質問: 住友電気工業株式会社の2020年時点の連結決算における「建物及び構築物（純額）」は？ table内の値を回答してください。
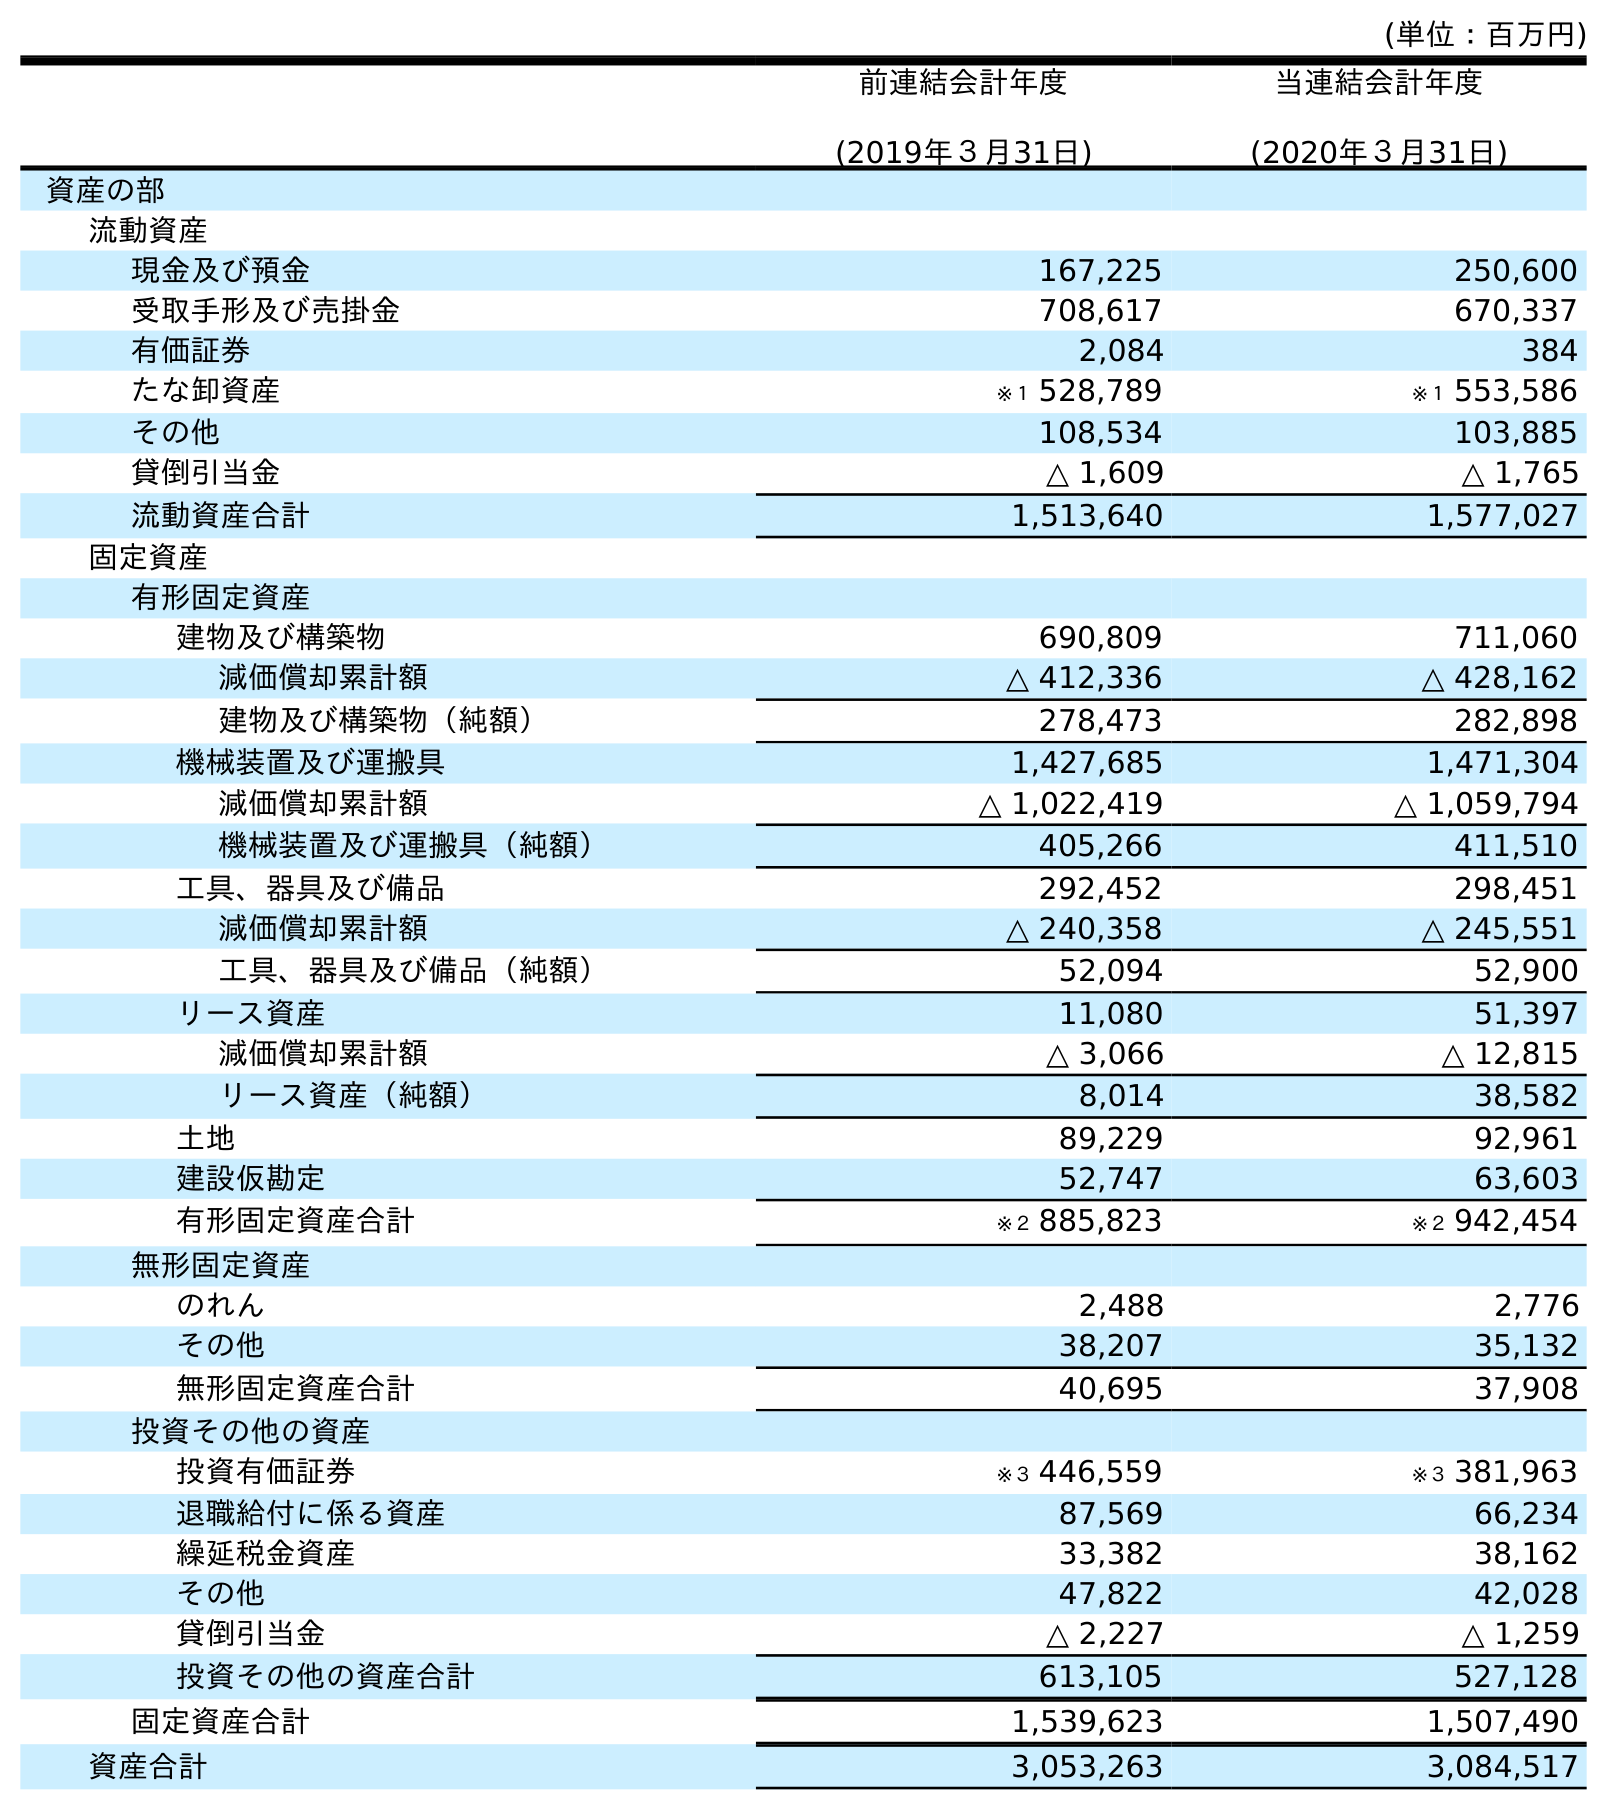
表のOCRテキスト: (単位：百万円) 前連結会計年度 (2019年３月31日) 当連結会計年度 (2020年３月31日) 資産の部 流動資産 現金及び預金 167,225 250,600 受取手形及び売掛金 708,617 670,337 有価証券 2,084 384 たな卸資産 ※１ 528,789 ※１ 553,586 その他 108,534 103,885 貸倒引当金 △ 1,609 △ 1,765 流動資産合計 1,513,640 1,577,027 固定資産 有形固定資産 建物及び構築物 690,809 711,060 減価償却累計額 △ 412,336 △ 428,162 建物及び構築物（純額） 278,473 282,898 機械装置及び運搬具 1,427,685 1,471,304 減価償却累計額 △ 1,022,419 △ 1,059,794 機械装置及び運搬具（純額） 405,266 411,510 工具、器具及び備品 292,452 298,451 減価償却累計額 △ 240,358 △ 245,551 工具、器具及び備品（純額） 52,094 52,900 リース資産 11,080 51,397 減価償却累計額 △ 3,066 △ 12,815 リース資産（純額） 8,014 38,582 土地 89,229 92,961 建設仮勘定 52,747 63,603 有形固定資産合計 ※２ 885,823 ※２ 942,454 無形固定資産 のれん 2,488 2,776 その他 38,207 35,132 無形固定資産合計 40,695 37,908 投資その他の資産 投資有価証券 ※３ 446,559 ※３ 381,963 退職給付に係る資産 87,569 66,234 繰延税金資産 33,382 38,162 その他 47,822 42,028 貸倒引当金 △ 2,227 △ 1,259 投資その他の資産合計 613,105 527,128 固定資産合計 1,539,623 1,507,490 資産合計 3,053,263 3,084,517
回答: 282,898